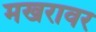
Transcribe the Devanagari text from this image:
मखरावर